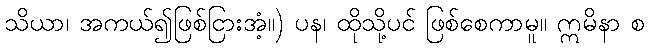
သိယာ၊ အကယ်၍ဖြစ်ငြားအံ့။) ပန၊ ထိုသို့ပင် ဖြစ်စေကာမူ။ ဣမိနာ စ